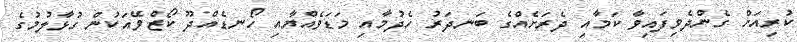
ކުރިއަށް ގެންދެވިފައިވާ ކަމާއި ދެރަށެއްގެ ބަނދަރު ހެދުމާއި މަޑަވެއްޔާއި ހޯނޑެއްދޫ ކޯޒްވޭއަކުން ގުޅާލުމުގެ